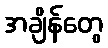
အချိန်တွေ